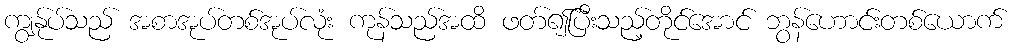
ကျွန်ုပ်သည် အစာအုပ်တစ်အုပ်လုံး ကုန်သည်အထိ ဖတ်၍ပြီးသည့်တိုင်အောင် ဘွန်ဟောင်းတစ်ယောက်